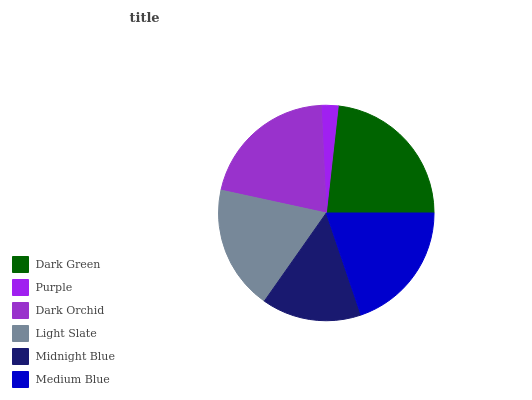
| Dark Green | Purple | Dark Orchid | Light Slate | Midnight Blue | Medium Blue |
 | --- | --- | --- | --- | --- | --- |
 | 23.3% | 2.52% | 20.9% | 18.6% | 15% | 19.8% |